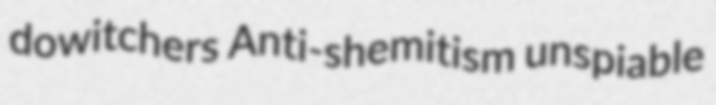
dowitchers Anti-shemitism unspiable